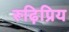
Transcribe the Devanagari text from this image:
रूढ़िप्रिय